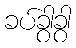
ခပ်ခွာခွာ